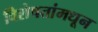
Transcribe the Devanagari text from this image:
विशेषतांमधून